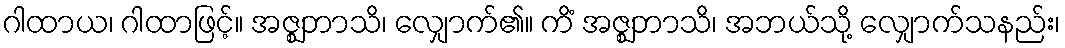
ဂါထာယ၊ ဂါထာဖြင့်။ အဇ္ဈဘာသိ၊ လျှောက်၏။ ကိံ အဇ္ဈဘာသိ၊ အဘယ်သို့ လျှောက်သနည်း၊